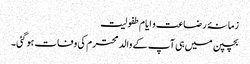
زمانۂ رضاعت و ایام طفولیت
بچپن میں ہی آپ کے والد محترم کی وفات ہوگئی۔